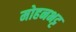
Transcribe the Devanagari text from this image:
मोहनभट्ट